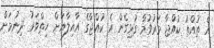
އެ ތުއްތު ކުއްޖާ މަރުވުމާ ގުޅިގެން އެ ކުއްޖާގެ އާއިލާއަށް ހިތްވަރު ދިނުމަށް